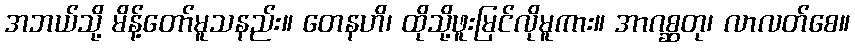
အဘယ်သို့ မိန့်တော်မူသနည်း။ တေနဟိ၊ ထိုသို့ဖူးမြင်လိုမူကား။ အာဂစ္ဆတု၊ လာလတ်စေ။